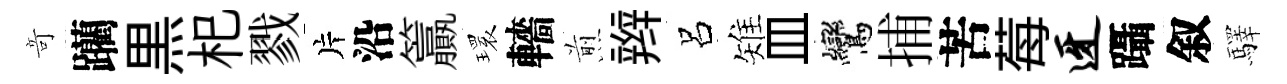
竒躪黒𣏌戮片沿籯𤨔轖煎辫呂雉皿鸞捕苦莓迓躡叙驛